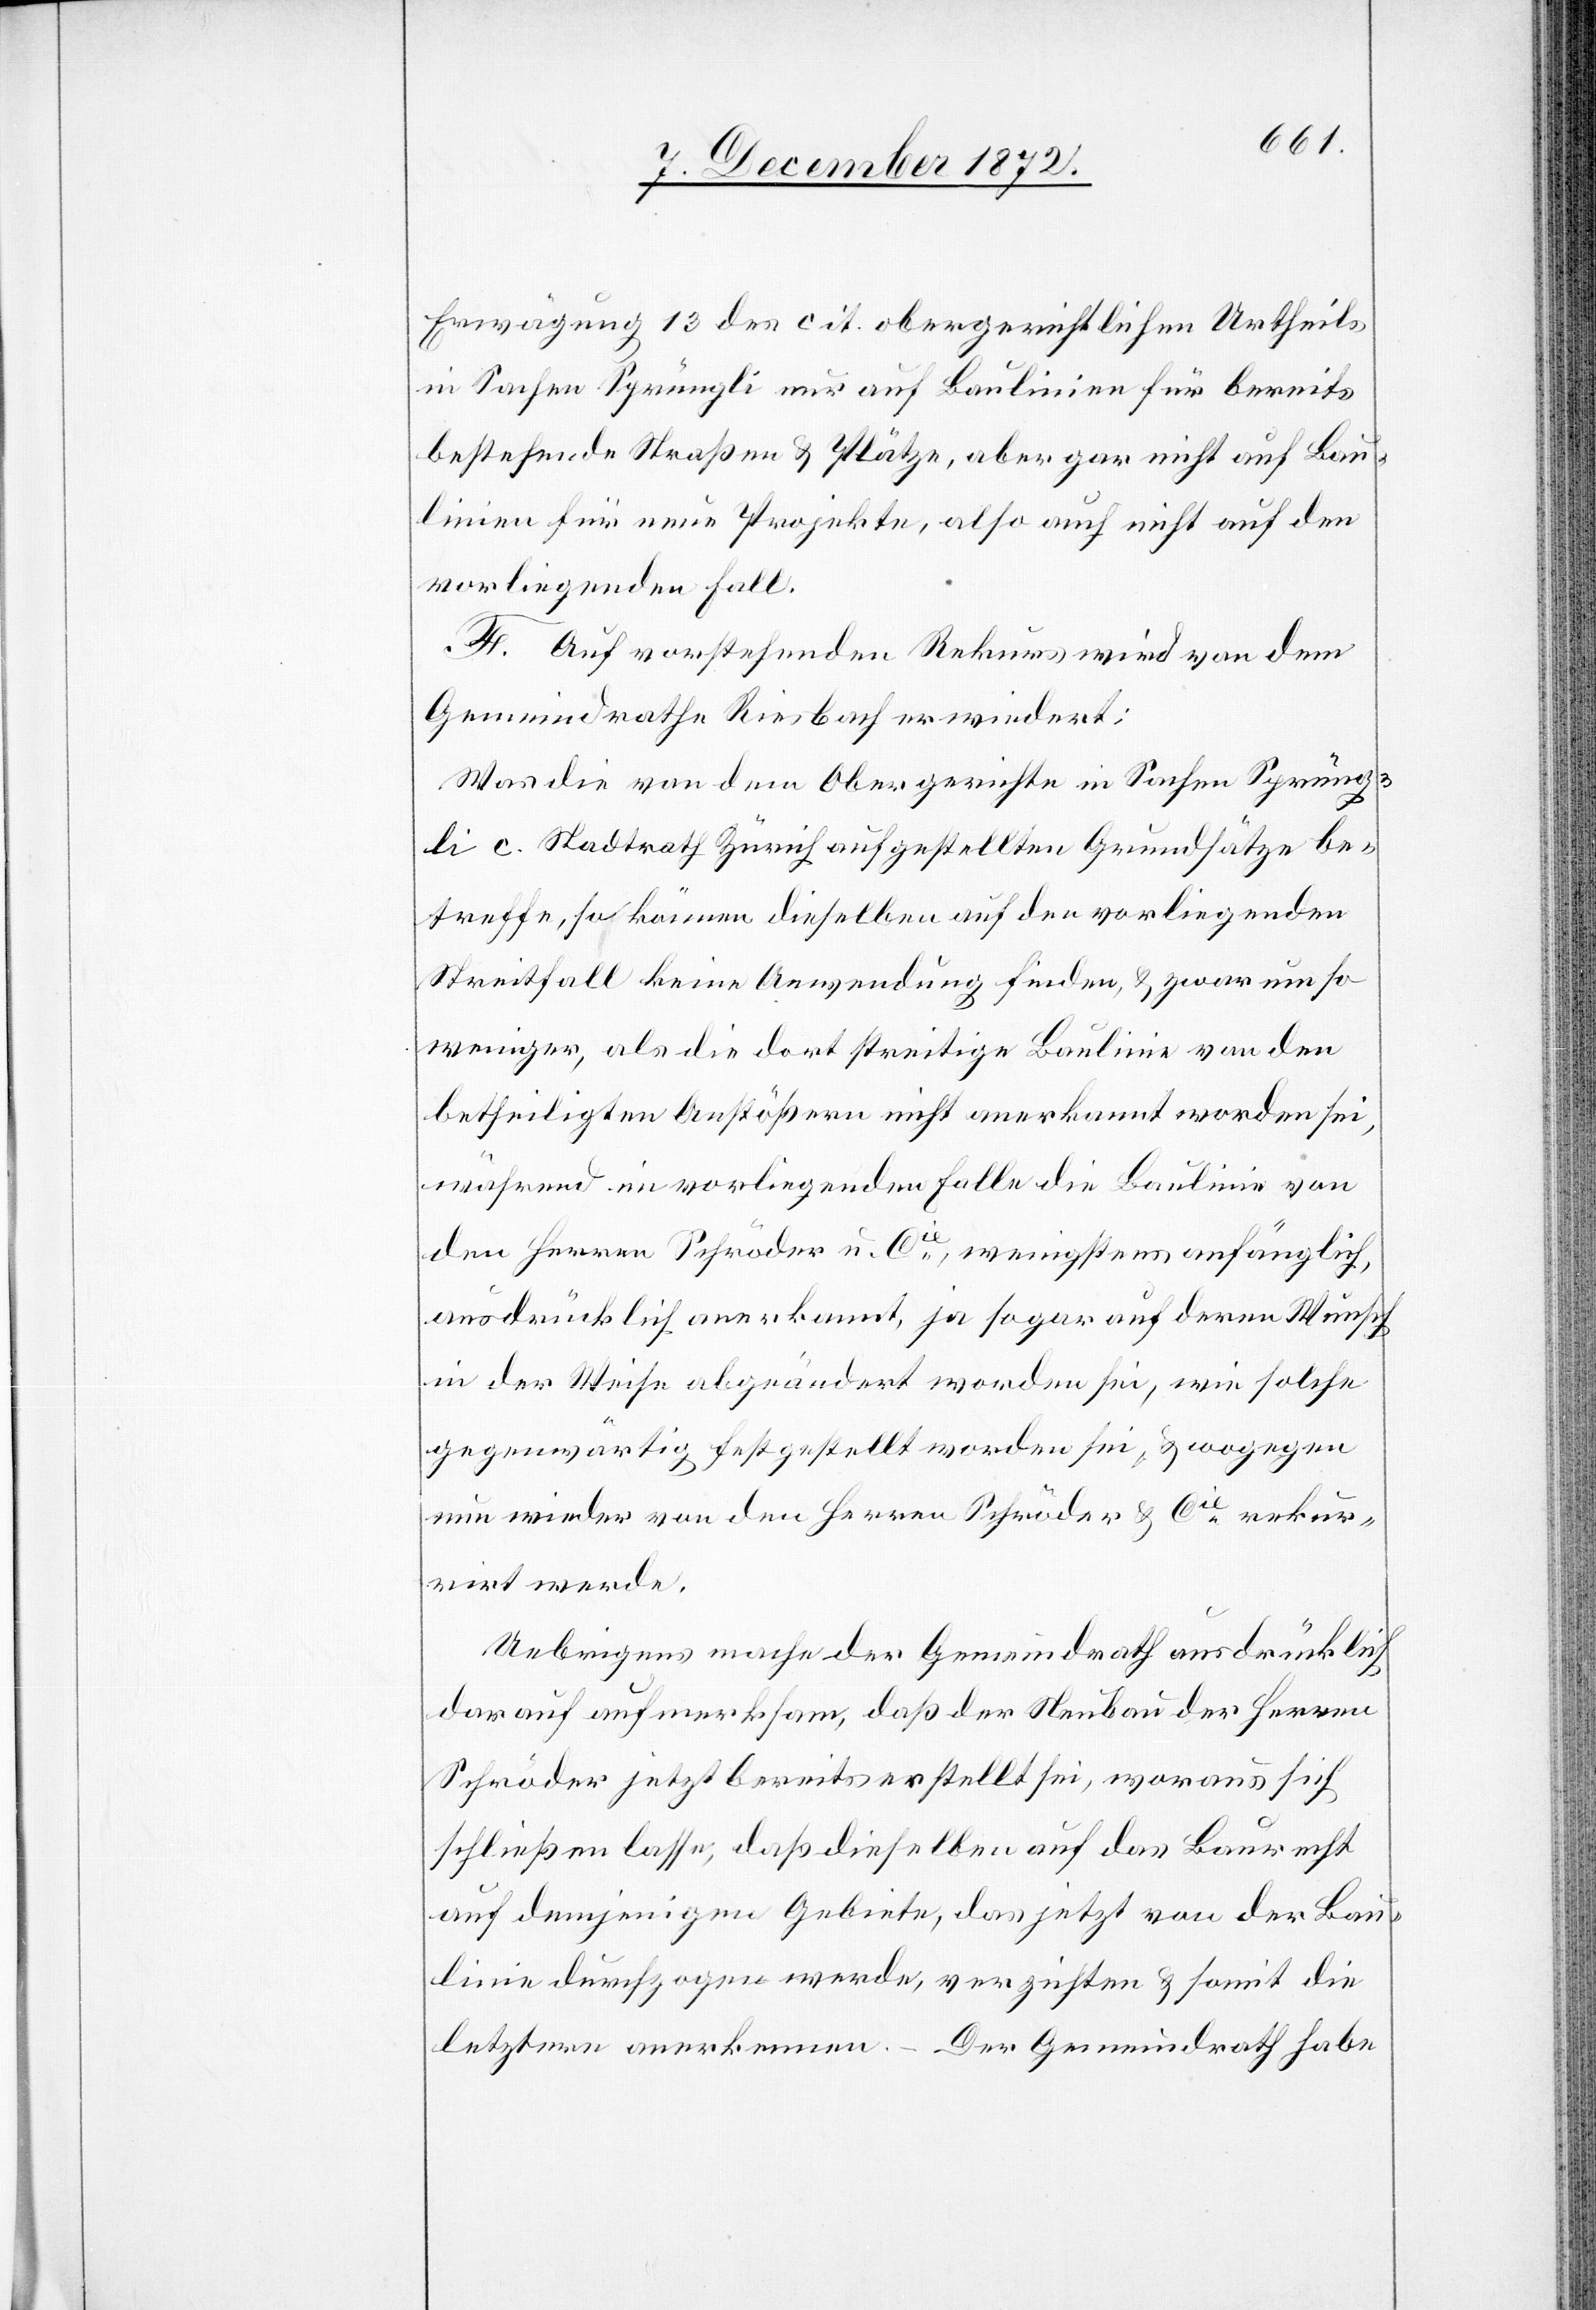
Erwägung 13 des cit. obergerichtlichen Urtheils
in Sachen Sprüngli nur auf Baulinien für bereits
bestehende Straßen u. Plätze, aber gar nicht auf Bau¬
linien für neue Projekte, also auch nicht auf den
vorliegenden Fall.
F. Auf vorstehenden Rekurs wird von dem
Gemeindrathe Riesbach erwiedert:
Was die von dem Obergerichte in Sachen Sprüng¬
li c. Stadtrath Zürich aufgestellten Grundsätze be¬
treffe, so können dieselben auf den vorliegenden
Streitfall keine Anwendung finden, u. zwar um so
weniger, als die dort streitige Baulinie von den
betheiligten Anstößern nicht anerkannt worden sei,
während im vorliegenden Fall die Baulinie von
den Herren Schröder u. Cie, wenigstens anfänglich,
ausdrücklich anerkannt, ja sogar auf deren Wunsch
in der Weise abgeändert worden sei, wie solche
gegenwärtig festgestellt worden sei, u. wogegen
nun wieder von den Herren Schröder u. Cie rekur¬
rirt werde.
Uebrigens mache der Gemeindrath ausdrücklich
darauf aufmerksam, daß der Neubau der Herren
Schröder jetzt bereits erstellt sei, woraus sich
schließen lasse, daß dieselben auf das Baurecht
auf demjenigen Gebiete, das jetzt von der Bau¬
linie durchzogen werde, verzichten u. somit die
letztere anerkennen. – Der Gemeindrath habe